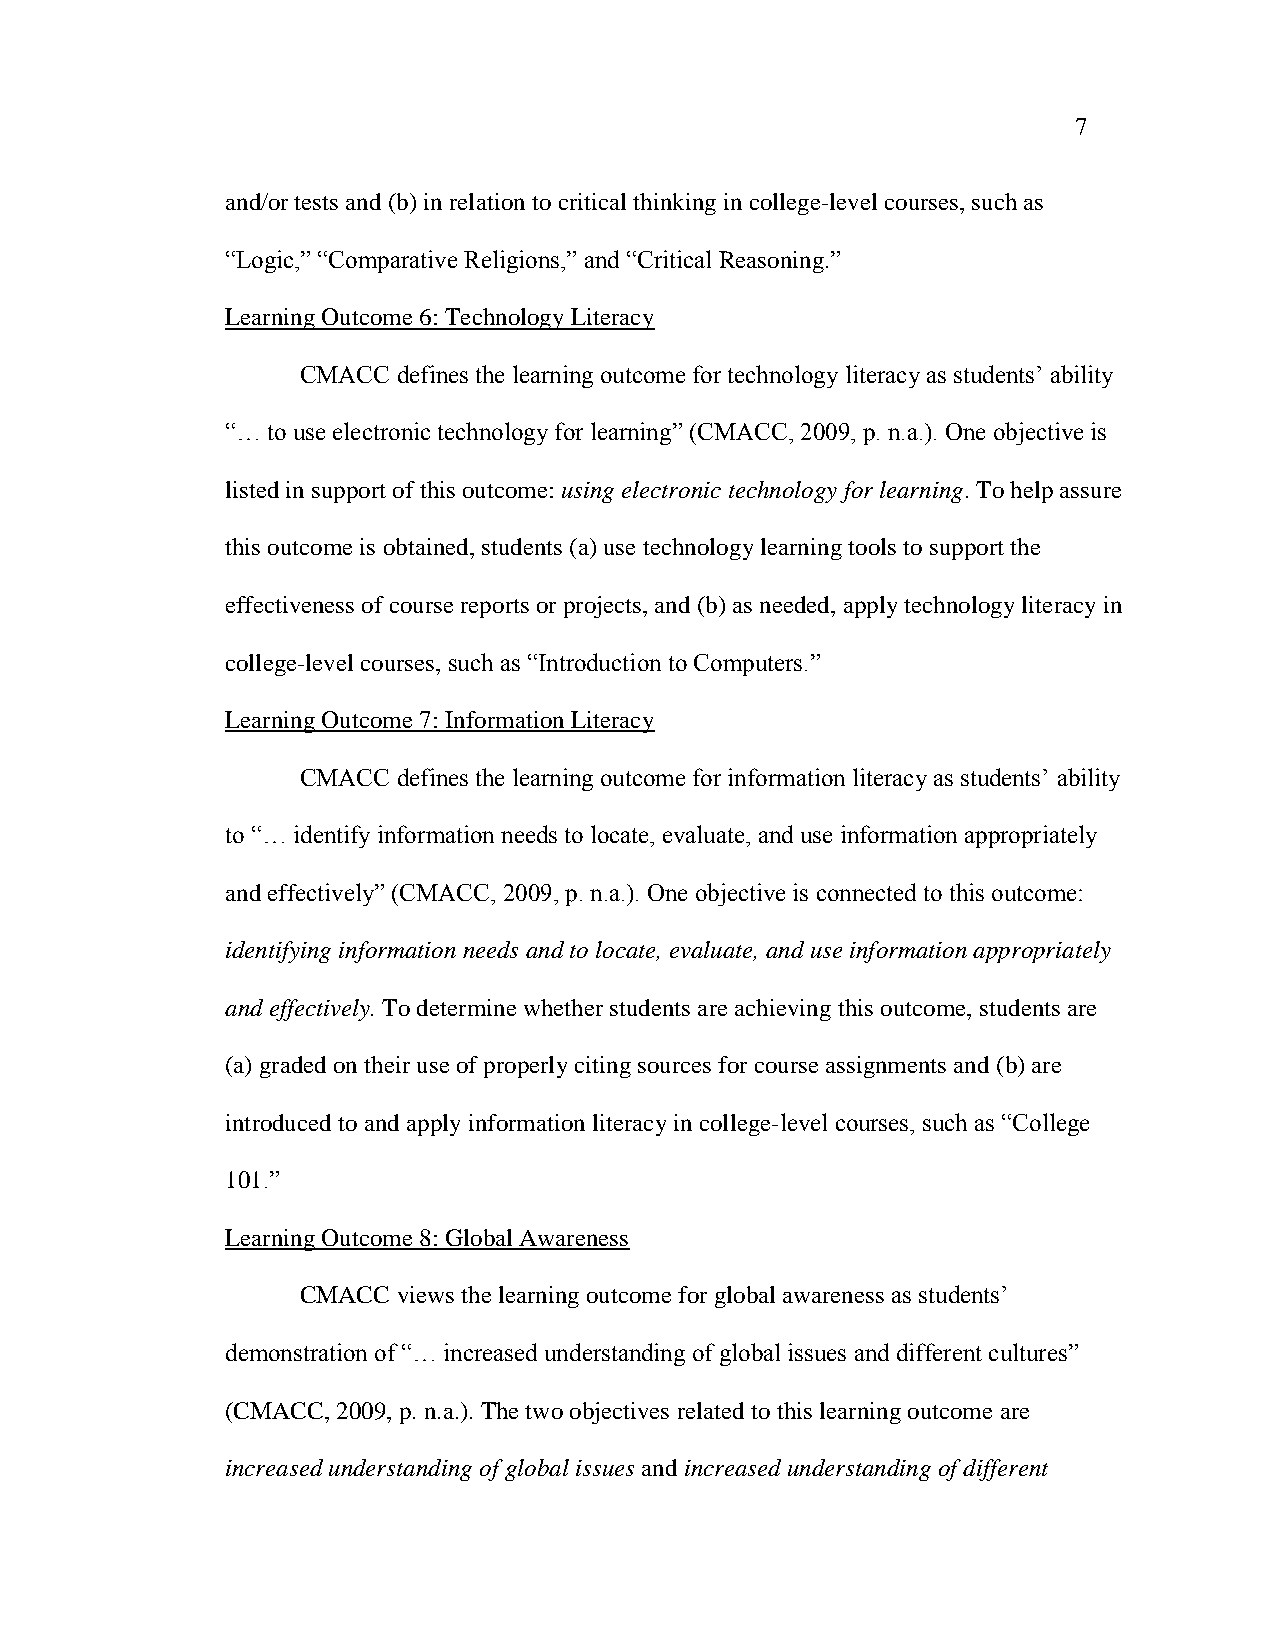
7
 and/or tests and (b) in relation to critical thinking in college-level courses, such as
 ―Logic,‖ ―Comparative Religions,‖ and ―Critical Reasoning.‖
 Learning Outcome 6: Technology Literacy
 CMACC defines the learning outcome for technology literacy as students‘ ability
 ―… to use electronic technology for learning‖ (CMACC, 2009, p. n.a.). One objective is
 listed in support of this outcome: using electronic technology for learning. To help assure
 this outcome is obtained, students (a) use technology learning tools to support the
 effectiveness of course reports or projects, and (b) as needed, apply technology literacy in
 college-level courses, such as ―Introduction to Computers.‖
 Learning Outcome 7: Information Literacy
 CMACC defines the learning outcome for information literacy as students‘ ability
 to ―… identify information needs to locate, evaluate, and use information appropriately
 and effectively‖ (CMACC, 2009, p. n.a.). One objective is connected to this outcome:
 identifying information needs and to locate, evaluate, and use information appropriately
 and effectively. To determine whether students are achieving this outcome, students are
 (a) graded on their use of properly citing sources for course assignments and (b) are
 introduced to and apply information literacy in college-level courses, such as ―College
 101.‖
 Learning Outcome 8: Global Awareness
 CMACC views the learning outcome for global awareness as students‘
 demonstration of ―… increased understanding of global issues and different cultures‖
 (CMACC, 2009, p. n.a.). The two objectives related to this learning outcome are
 increased understanding of global issues and increased understanding of different